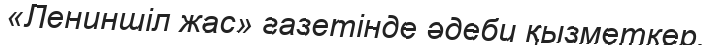
«Лениншіл жас» газетінде әдеби қызметкер.